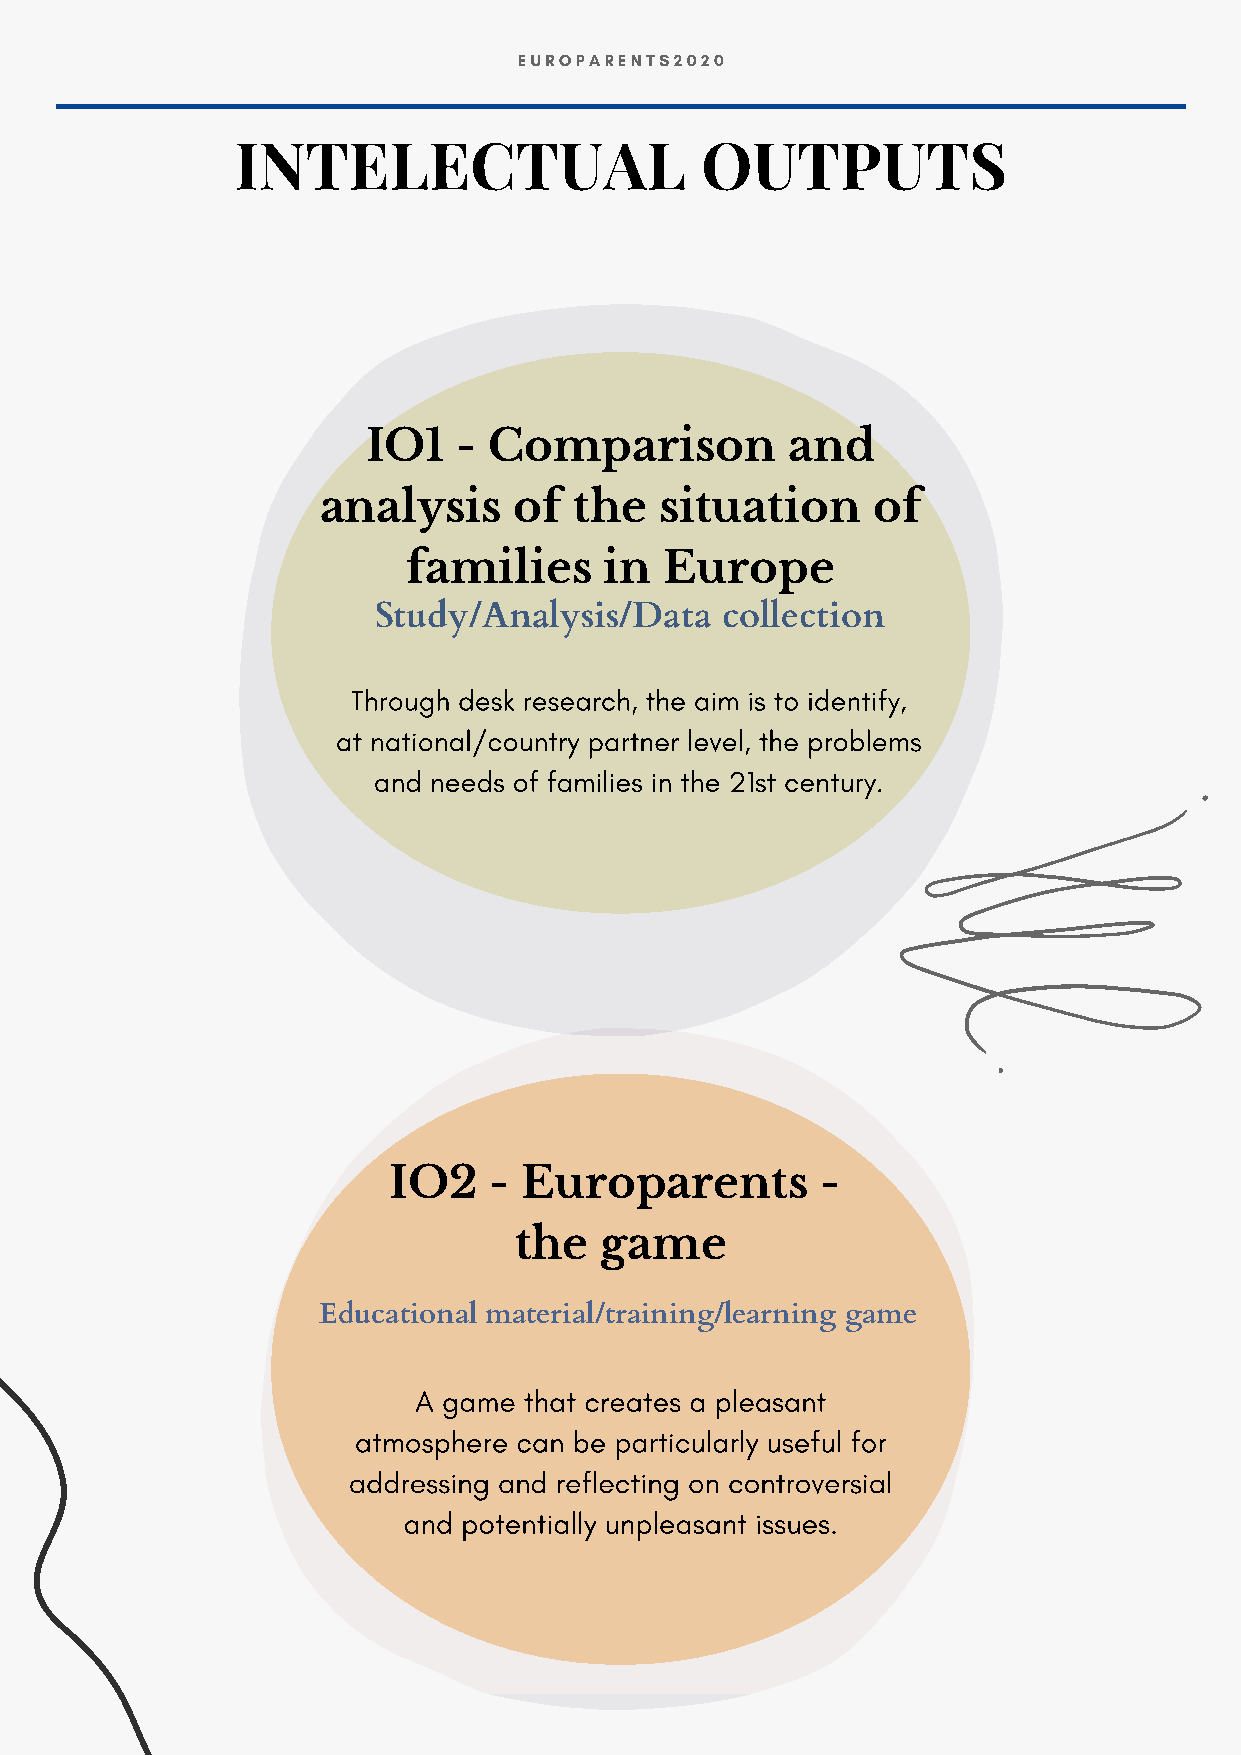
EUROPARENTS2020
 INTELECTUAL                   OUTPUTS
 IO1   - Comparison          and
 analysis     of  the   situation     of
 families     in  Europe
 Study/Analysis/Data    collection
 Through desk research, the aim is to identify,
 at national/country partner level, the problems
 and needs of families in the 21st century.
 IO2   -  Europarents        -
 the   game
 Educational material/training/learning game
 A game  that creates a pleasant
 atmosphere can be particularly useful for
 addressing and reflecting on controversial
 and potentially unpleasant issues.